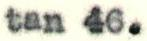
tan 46.